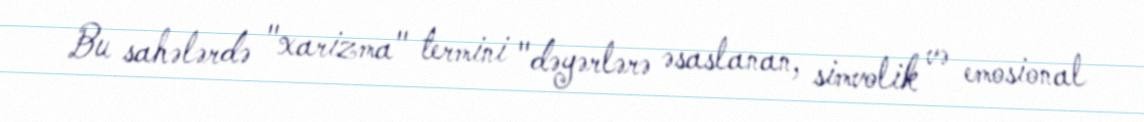
Bu sahələrdə "xarizma" termini "dəyərlərə əsaslanan, simvolik və emosional